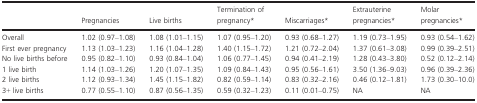
|  | Pregnancies | Live births | Termination of pregnancy* | Miscarriages* | Extrauterine pregnancies* | Molar pregnancies* |
 | --- | --- | --- | --- | --- | --- | --- |
 | Overall | 1.02 (0.97–1.08) | 1.08 (1.01–1.15) | 1.07 (0.95–1.20) | 0.93 (0.68–1.27) | 1.19 (0.73–1.95) | 0.93 (0.54–1.62) |
 | First ever pregnancy | 1.13 (1.03–1.23) | 1.16 (1.04–1.28) | 1.40 (1.15–1.72) | 1.21 (0.72–2.04) | 1.37 (0.61–3.08) | 0.99 (0.39–2.51) |
 | No live births before | 0.95 (0.82–1.10) | 0.93 (0.84–1.04) | 1.06 (0.77–1.45) | 0.94 (0.41–2.19) | 1.28 (0.43–3.80) | 0.52 (0.12–2.14) |
 | 1 live birth | 1.14 (1.03–1.26) | 1.20 (1.07–1.35) | 1.09 (0.84–1.43) | 0.95 (0.56–1.61) | 3.50 (1.36–9.03) | 0.96 (0.39–2.36) |
 | 2 live births | 1.12 (0.93–1.34) | 1.45 (1.15–1.82) | 0.82 (0.59–1.14) | 0.83 (0.32–2.16) | 0.46 (0.12–1.81) | 1.73 (0.30–10.0) |
 | 3+ live births | 0.77 (0.55–1.10) | 0.87 (0.56–1.35) | 0.59 (0.32–1.23) | 0.11 (0.01–0.75) | NA | NA |